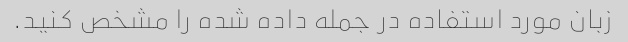
زبان مورد استفاده در جمله داده شده را مشخص کنید.